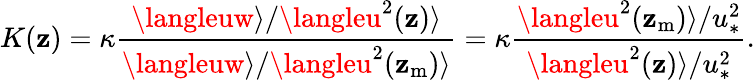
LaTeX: K(\mathbf{z})=\kappa\frac{{\langleuw\rangle/\langleu^{2}(\mathbf{z})\rangle}}{{\langleuw\rangle/\langleu^{2}(\mathbf{z}_{\mathrm{{m}}})\rangle}}=\kappa\frac{{\langleu^{2}(\mathbf{z}_{\mathrm{{m}}})\rangle/u_{\ast}^{2}}}{{\langleu^{2}(\mathbf{z})\rangle/u_{\ast}^{2}}}.